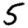
Digit: 5